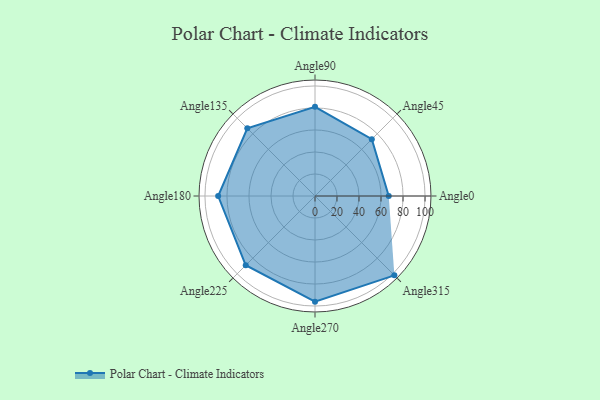
{"axis": {"x": "Angle", "y": "Radius"}, "legend": [""], "data": [{"x": "Angle0", "y": 67.0, "type": ""}, {"x": "Angle45", "y": 73.0, "type": ""}, {"x": "Angle90", "y": 81.0, "type": ""}, {"x": "Angle135", "y": 87.0, "type": ""}, {"x": "Angle180", "y": 88.0, "type": ""}, {"x": "Angle225", "y": 89.0, "type": ""}, {"x": "Angle270", "y": 96.0, "type": ""}, {"x": "Angle315", "y": 102.0, "type": ""}]}